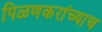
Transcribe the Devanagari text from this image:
पिळणकरांच्याच